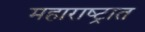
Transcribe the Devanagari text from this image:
महाराष्‍ट्रात